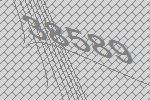
38589